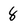
Character: 8